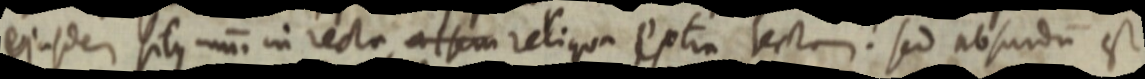
ejusdem situs unum in recta, _ reliqua Extra tectam. sed absurdum est